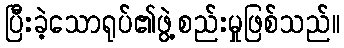
ပြီးခဲ့သောရုပ်၏ဖွဲ့စည်းမှုဖြစ်သည်။